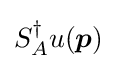
S_{A}^{\dagger }u({\boldsymbol {p}})